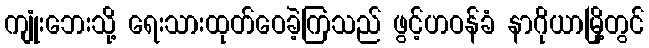
ကျုံးဘေးသို့ ရေးသားထုတ်ဝေခဲ့ကြသည် ဖွင့်ဟဝန်ခံ နာဂိုယာမြို့တွင်